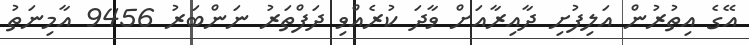
އޭގެ އިތުރުން އަލިފުށި ދާއިރާއަށް ވާދަ ކުރެއްވި ދަފްތަރު ނަންބަރު 9456 އާމިނަތު